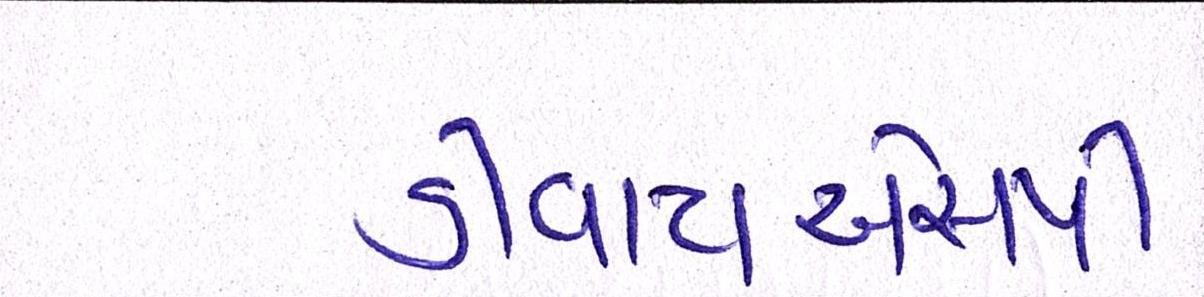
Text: ડીવાયએસપી